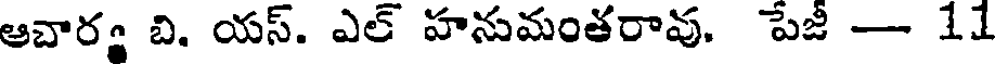
ఆచార్ బి. యస్. ఎల్ హనుమంతరావు. పేజీ - 11